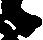
候